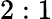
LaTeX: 2:1